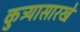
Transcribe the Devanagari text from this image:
कुत्र्यासारखे